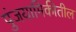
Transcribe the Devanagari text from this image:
पुंजयामिकीतील